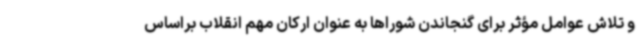
و تلاش عوامل مؤثر برای گنجاندن شوراها به عنوان ارکان مهم انقلاب براساس